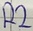
Text: R2